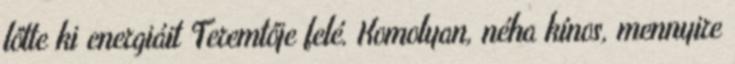
lőtte ki energiáit Teremtője felé. Komolyan, néha kínos, mennyire